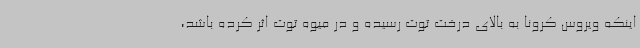
اینکه ویروس کرونا به بالای درخت توت رسیده و در میوه توت اثر کرده باشد،